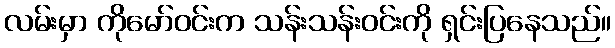
လမ်းမှာ ကိုမော်ဝင်းက သန်းသန်းဝင်းကို ရှင်းပြနေသည်။